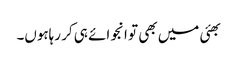
بھئی میں بھی تو انجوائے ہی کر رہاہوں۔